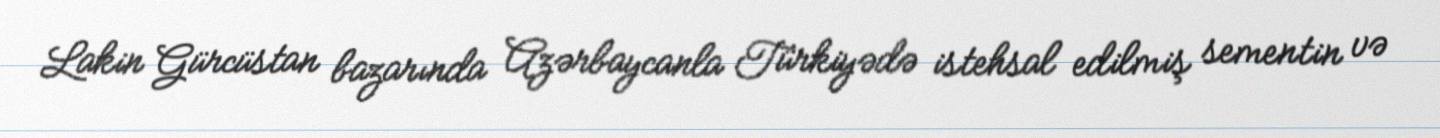
Lakin Gürcüstan bazarında Azərbaycanla Türkiyədə istehsal edilmiş sementin və